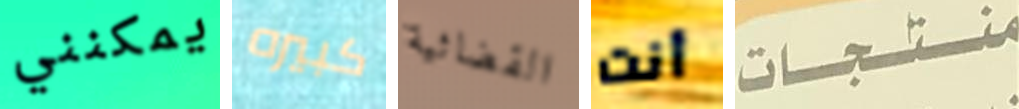
يمكنني كبيره القضائية أنت منتجات